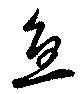
魚